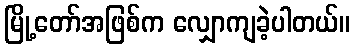
မြို့တော်အဖြစ်က လျှောကျခဲ့ပါတယ်။